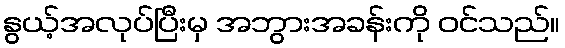
နွယ့်အလုပ်ပြီးမှ အဘွားအခန်းကို ဝင်သည်။